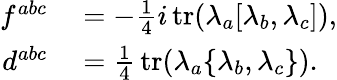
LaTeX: \begin{array}{rl}{f^{abc}}&{{}=-{\frac{1}{4}}i\operatorname{tr}(\lambda_{a}[\lambda_{b},\lambda_{c}]),}\\ {d^{abc}}&{{}={\frac{1}{4}}\operatorname{tr}(\lambda_{a}\{ \lambda_{b},\lambda_{c}\} ).}\end{array}